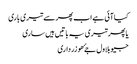
کیا آئی ہے اب پھر سے تیری باری
یا پھر تیری یہ باتیں ہیں ساری
جیو بلاول جۓ ھو زرداری